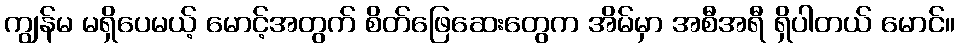
ကျွန်မ မရှိပေမယ့် မောင့်အတွက် စိတ်ဖြေဆေးတွေက အိမ်မှာ အစီအရီ ရှိပါတယ် မောင်။